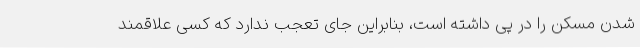
شدن مسکن را در پی داشته است، بنابراین جای تعجب ندارد که کسی علاقمند